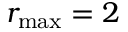
r _ { \operatorname* { m a x } } = 2